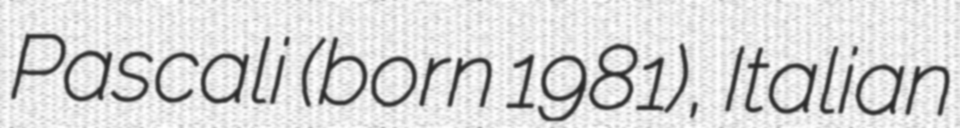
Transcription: Pascali (born 1981), Italian